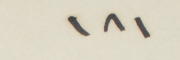
١٨١